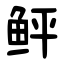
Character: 鲆